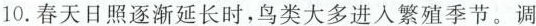
10.春天日照逐渐延长时，鸟类大多进入繁殖季节。调